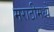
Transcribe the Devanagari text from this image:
मराठीमध्यें